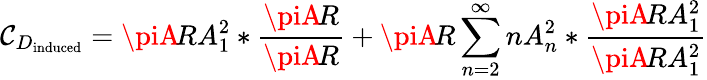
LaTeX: \mathcal{C}_{D_{\mathrm{{induced}}}}=\piA\! RA_{1}^{2}*{\frac{{\piA\! R}}{{\piA\! R}}}+\piA\! R\sum_{n=2}^{\infty}nA_{n}^{2}*{\frac{{\piA\! RA_{1}^{2}}}{{\piA\! RA_{1}^{2}}}}